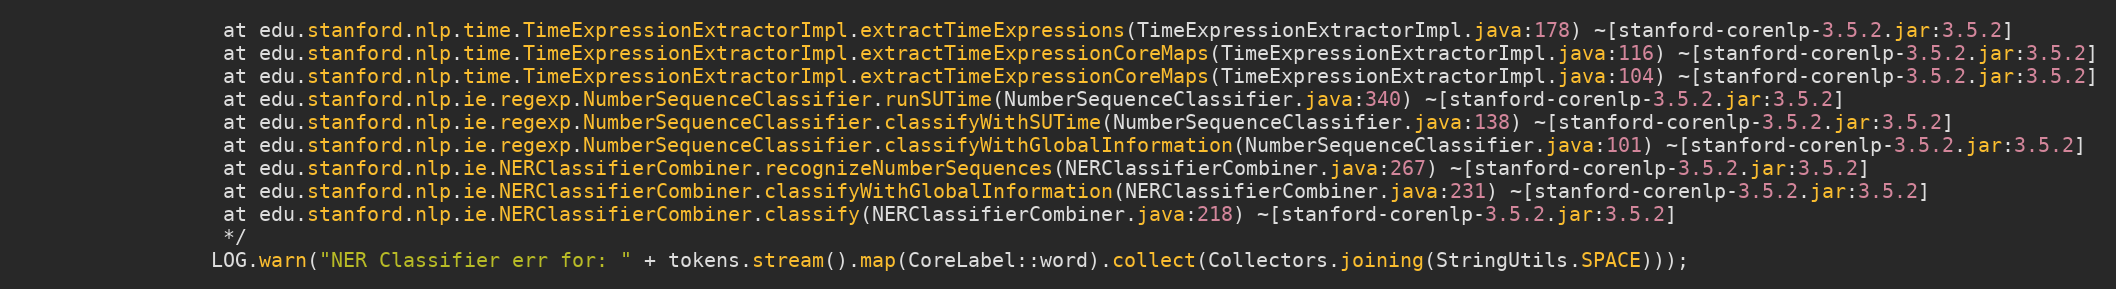
Language: Java
                 at edu.stanford.nlp.time.TimeExpressionExtractorImpl.extractTimeExpressions(TimeExpressionExtractorImpl.java:178) ~[stanford-corenlp-3.5.2.jar:3.5.2]
                 at edu.stanford.nlp.time.TimeExpressionExtractorImpl.extractTimeExpressionCoreMaps(TimeExpressionExtractorImpl.java:116) ~[stanford-corenlp-3.5.2.jar:3.5.2]
                 at edu.stanford.nlp.time.TimeExpressionExtractorImpl.extractTimeExpressionCoreMaps(TimeExpressionExtractorImpl.java:104) ~[stanford-corenlp-3.5.2.jar:3.5.2]
                 at edu.stanford.nlp.ie.regexp.NumberSequenceClassifier.runSUTime(NumberSequenceClassifier.java:340) ~[stanford-corenlp-3.5.2.jar:3.5.2]
                 at edu.stanford.nlp.ie.regexp.NumberSequenceClassifier.classifyWithSUTime(NumberSequenceClassifier.java:138) ~[stanford-corenlp-3.5.2.jar:3.5.2]
                 at edu.stanford.nlp.ie.regexp.NumberSequenceClassifier.classifyWithGlobalInformation(NumberSequenceClassifier.java:101) ~[stanford-corenlp-3.5.2.jar:3.5.2]
                 at edu.stanford.nlp.ie.NERClassifierCombiner.recognizeNumberSequences(NERClassifierCombiner.java:267) ~[stanford-corenlp-3.5.2.jar:3.5.2]
                 at edu.stanford.nlp.ie.NERClassifierCombiner.classifyWithGlobalInformation(NERClassifierCombiner.java:231) ~[stanford-corenlp-3.5.2.jar:3.5.2]
                 at edu.stanford.nlp.ie.NERClassifierCombiner.classify(NERClassifierCombiner.java:218) ~[stanford-corenlp-3.5.2.jar:3.5.2]
                 */
                LOG.warn("NER Classifier err for: " + tokens.stream().map(CoreLabel::word).collect(Collectors.joining(StringUtils.SPACE)));